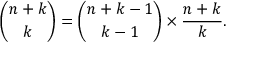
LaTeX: { \binom { n + k } { k } } = { \binom { n + k - 1 } { k - 1 } } \times { \frac { n + k } { k } } .